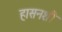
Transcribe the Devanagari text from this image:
हासनशी